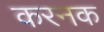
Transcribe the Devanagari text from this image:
करनक